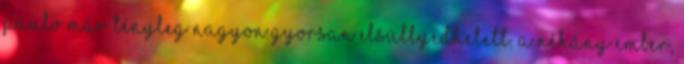
Paulo már tényleg nagyon gyorsan elsüllyedhetett. A néhány ember,